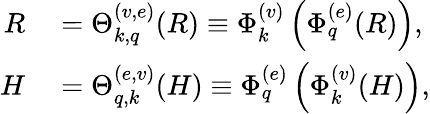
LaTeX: \begin{array}{rl}{R}&{{}=\Theta_{k,q}^{(v,e)}(R)\equiv\Phi_{k}^{(v)}\left(\Phi_{q}^{(e)}(R)\right),}\\ {H}&{{}=\Theta_{q,k}^{(e,v)}(H)\equiv\Phi_{q}^{(e)}\left(\Phi_{k}^{(v)}(H)\right),}\end{array}